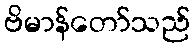
ဗိမာန်တော်သည်